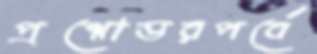
প্রশ্নোত্তরপর্বে